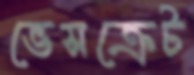
ভেসক্রেট